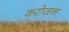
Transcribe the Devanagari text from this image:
करोज़न